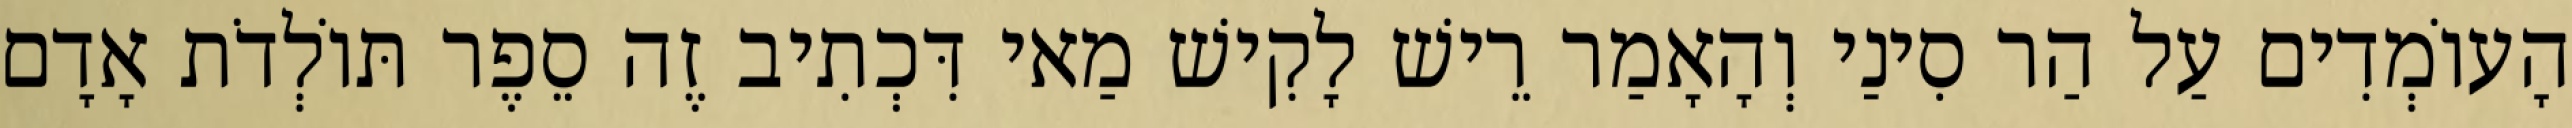
הָעוֹמְדִים עַל הַר סִינַי וְהָאָמַר רֵישׁ לָקִישׁ מַאי דִּכְתִיב זֶה סֵפֶר תּוֹלְדֹת אָדָם